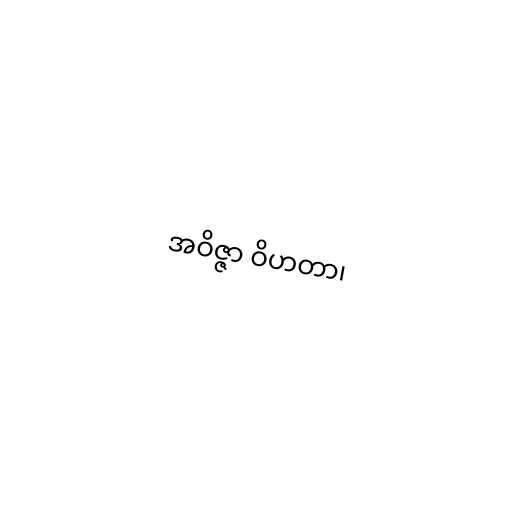
အဝိဇ္ဇာ ဝိဟတာ၊